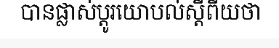
បានផ្លាស់ប្តូរយោបល់ស្តីពីយថា